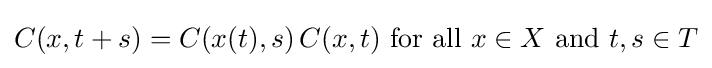
C(x,t+s)=C(x(t),s)\,C(x,t){\rm {~for~all~}}x\in X{\rm {~and~}}t,s\in T